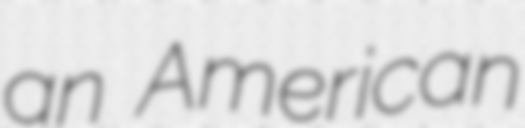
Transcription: an American